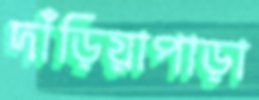
দাঁড়িয়াপাড়া